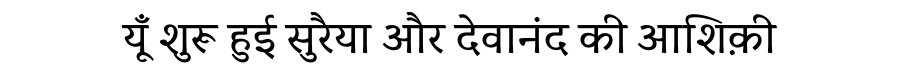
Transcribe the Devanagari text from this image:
यूँ शुरू हुई सुरैया और देवानंद की आशिक़ी